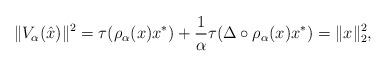
LaTeX: \begin{align*}\| V_\alpha(\hat{x}) \|^2 = \tau( \rho_\alpha(x) x^* ) + \frac{1}{\alpha} \tau(\Delta \circ \rho_\alpha(x) x^*) = \| x \|_2^2,\end{align*}